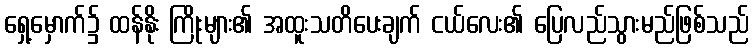
ရှေ့မှောက်၌ ထန်နိုး ကြိုးများ၏ အထူးသတိပေးချက် ငယ်လေး၏ ပြေလည်သွားမည်ဖြစ်သည်